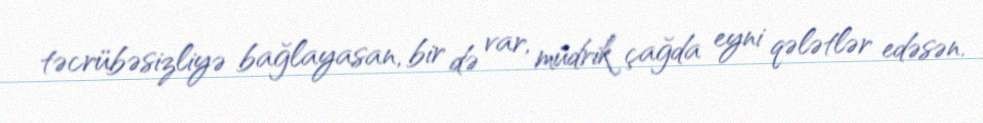
təcrübəsizliyə bağlayasan, bir də var, müdrik çağda eyni qələtlər edəsən.